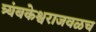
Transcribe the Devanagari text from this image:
त्र्यंबकेश्वराजवळच